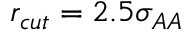
r _ { c u t } = 2 . 5 \sigma _ { A A }